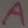
Text: A